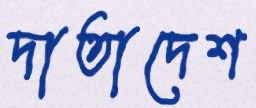
দাতাদেশ